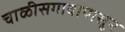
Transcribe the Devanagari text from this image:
चाळीसगावापासून